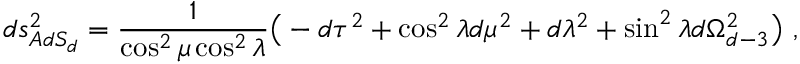
d s _ { A d S _ { d } } ^ { 2 } = { \frac { 1 } { \cos ^ { 2 } \mu \cos ^ { 2 } \lambda } } \big ( - d \tau ^ { 2 } + \cos ^ { 2 } \lambda d \mu ^ { 2 } + d \lambda ^ { 2 } + \sin ^ { 2 } \lambda d \Omega _ { d - 3 } ^ { 2 } \big ) \ ,